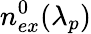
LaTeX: n_{ex}^{0}(\lambda_{p})